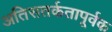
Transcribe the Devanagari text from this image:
अतिसतर्कतापूर्वक